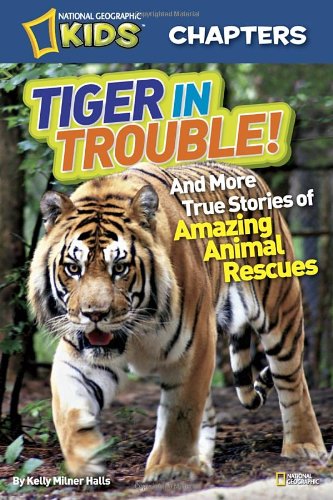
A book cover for National Geographic Kids Chapters: Tiger in Trouble!: and More True Stories of Amazing Animal Rescues (NGK Chapters); Kelly Milner Halls; Children's Books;